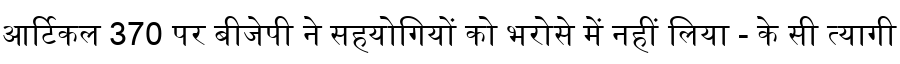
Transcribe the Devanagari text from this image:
आर्टिकल 370 पर बीजेपी ने सहयोगियों को भरोसे में नहीं लिया - के सी त्यागी